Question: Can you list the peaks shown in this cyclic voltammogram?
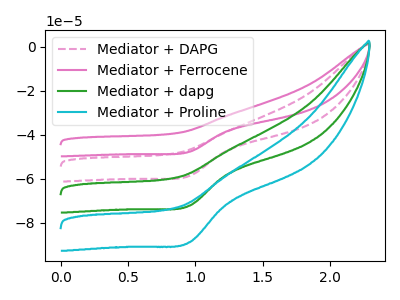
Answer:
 <answer>The pink dashed curve "Mediator + DAPG" has a cathodic peak at: (0.95V, -58.70uA). The pink curve "Mediator + Ferrocene" has a cathodic peak at: (0.95V, -47.70uA). The green curve "Mediator + dapg" has a cathodic peak at: (0.95V, -117.40uA). The cyan curve "Mediator + Proline" has a cathodic peak at: (0.95V, -176.10uA).</answer>
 <eval></eval>